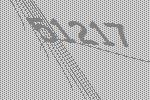
51217